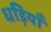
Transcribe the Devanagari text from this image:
धड़ियाँ